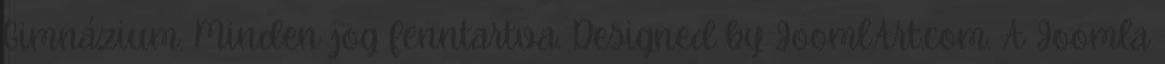
Gimnázium. Minden jog fenntartva. Designed by JoomlArt.com. A Joomla